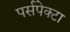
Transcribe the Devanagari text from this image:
पर्सपेक्टा